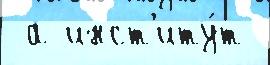
 а инст'иту́т